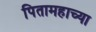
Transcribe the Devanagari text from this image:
पितामहाच्या